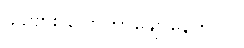
ခင်ဗျား ပြောတာချောနေတာပဲ။